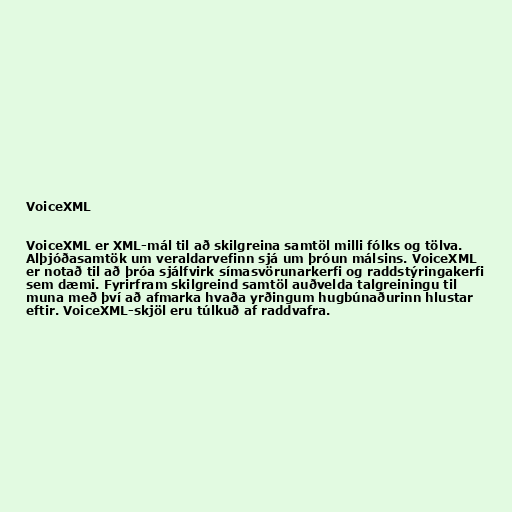
VoiceXML

VoiceXML er XML-mál til að skilgreina samtöl milli fólks og tölva.
Alþjóðasamtök um veraldarvefinn sjá um þróun málsins. VoiceXML
er notað til að þróa sjálfvirk símasvörunarkerfi og raddstýringakerfi
sem dæmi. Fyrirfram skilgreind samtöl auðvelda talgreiningu til
muna með því að afmarka hvaða yrðingum hugbúnaðurinn hlustar
eftir. VoiceXML-skjöl eru túlkuð af raddvafra.